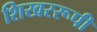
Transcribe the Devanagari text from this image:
शिखररूपी